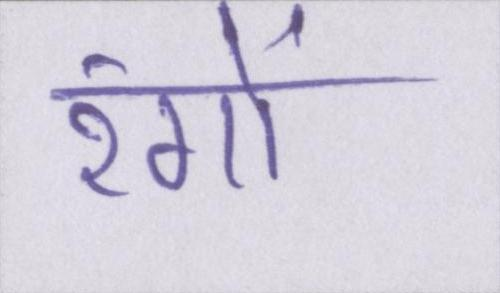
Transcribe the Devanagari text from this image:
रंगों